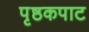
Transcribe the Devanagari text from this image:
पृष्ठकपाट